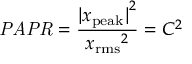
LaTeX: { \mathit { P A P R } } = { \frac { { | x _ { \mathrm { p e a k } } | } ^ { 2 } } { { x _ { \mathrm { r m s } } } ^ { 2 } } } = C ^ { 2 }